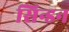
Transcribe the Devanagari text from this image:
सिन्डन